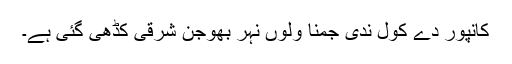
کانپور دے کول ندی جمنا ولوں نہر بھوجن شرقی کڈھی گئی ہے۔